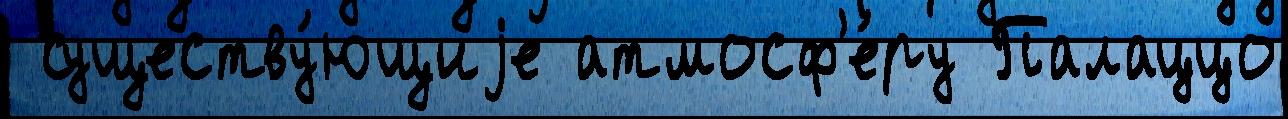
 существу́ющиjе атмосф'е́ру Палаццо